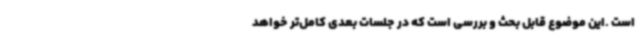
است .این موضوع قابل بحث و بررسی است که در جلسات بعدی کامل‌تر خواهد